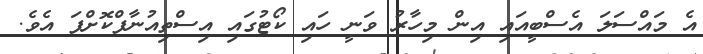
އެ މައްސަލަ އެސްބީއައި އިން މިހާރު ވަނީ ހައި ކޯޓުގައި އިސްތިއުނާފްކޮށްފަ އެވެ.